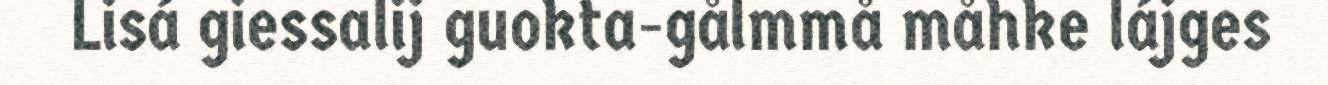
Lisá giessalij guokta-gålmmå måhke lájges